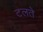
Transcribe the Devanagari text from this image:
टलते